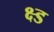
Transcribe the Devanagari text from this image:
क्ष्ड